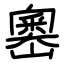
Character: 嶴